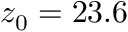
z _ { 0 } = 2 3 . 6